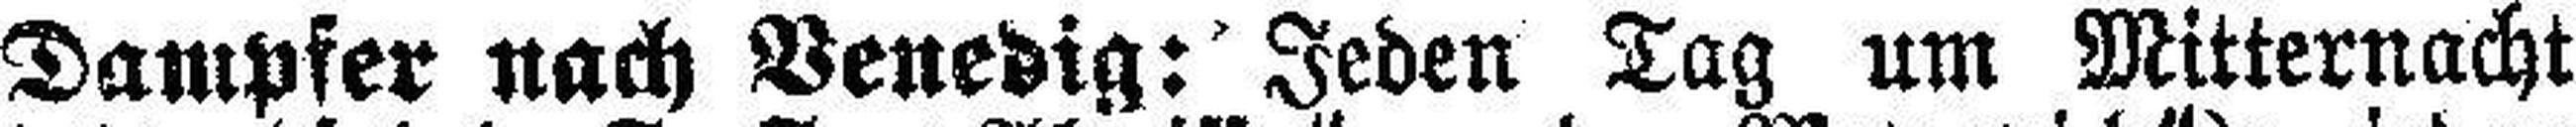
Dampfer nach Venedig: Jeden Tag um Mitternacht